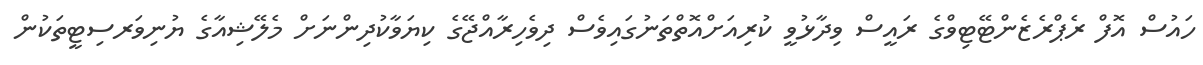
ހައުސް އޮފް ރެޕްރެޒެންޓޭޓިވްގެ ރައީސް ވިދާޅުވީ ކުރިއަށްއޮތްތަނުގައިވެސް ދިވެހިރާއްޖޭގެ ކިޔަވާކުދިންނަށް މެލޭޝިއާގެ ޔުނިވަރސިޓީތަކުން